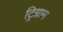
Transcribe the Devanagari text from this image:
ट्रिग्राम